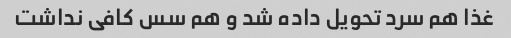
غذا هم سرد تحویل داده شد و هم سس کافی نداشت